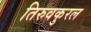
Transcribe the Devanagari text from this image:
तिरुवकुरल